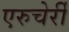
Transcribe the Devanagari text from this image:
एरुचेर्री